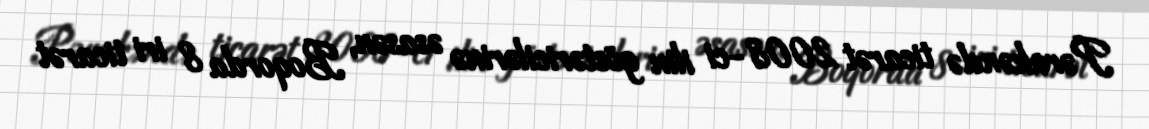
Pərakəndə ticarət 2008-ci ilin göstəricilərinə əsasən, Boqorda 8 iri ticarət